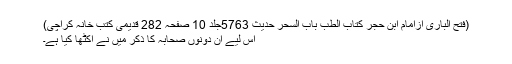
(فتح الباری ازامام ابن حجر کتاب الطب باب السحر حدیث 5763جلد 10 صفحہ 282 قدیمی کتب خانہ کراچی)
اس لیے ان دونوں صحابہ کا ذکر میں نے اکٹھا کیا ہے۔